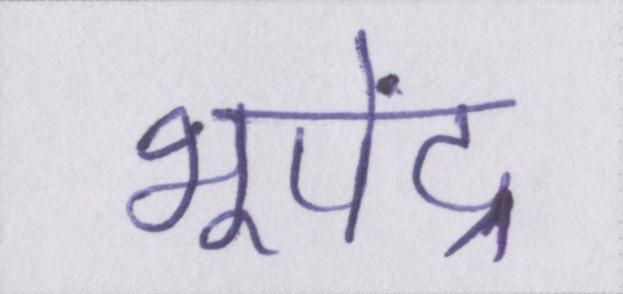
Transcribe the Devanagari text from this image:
भूपेंद्र